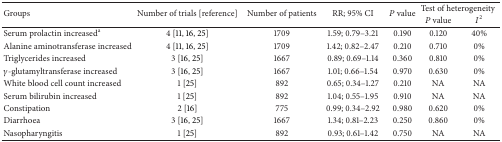
<table><thead><tr><td rowspan="2"><b>Groups</b></td><td rowspan="2"><b>Number of trials [reference]</b></td><td rowspan="2"><b>Number of patients</b></td><td rowspan="2"><b>RR; 95% CI</b></td><td rowspan="2"><b><i>P</i> value</b></td><td colspan="2"><b>Test of heterogeneity</b></td></tr><tr><td><b><i>P</i> value </b></td><td><b><i>I</i><sup>2</sup></b></td></tr></thead><tbody><tr><td>Serum prolactin increased<sup>a</sup></td><td>4 [11, 16, 25]</td><td>1709</td><td>1.59; 0.79–3.21</td><td>0.190</td><td>0.120</td><td>40%</td></tr><tr><td>Alanine aminotransferase increased</td><td>4 [11, 16, 25]</td><td>1709</td><td>1.42; 0.82–2.47</td><td>0.210</td><td>0.710</td><td>0%</td></tr><tr><td>Triglycerides increased</td><td>3 [16, 25]</td><td>1667</td><td>0.89; 0.69–1.14</td><td>0.360</td><td>0.810</td><td>0%</td></tr><tr><td><i>γ</i>-glutamyltransferase increased</td><td>3 [16, 25]</td><td>1667</td><td>1.01; 0.66–1.54</td><td>0.970</td><td>0.630</td><td>0%</td></tr><tr><td>White blood cell count increased</td><td>1 [25]</td><td>892</td><td>0.65; 0.34–1.27</td><td>0.210</td><td>NA</td><td>NA</td></tr><tr><td>Serum bilirubin increased</td><td>1 [25]</td><td>892</td><td>1.04; 0.55–1.95</td><td>0.910</td><td>NA</td><td>NA</td></tr><tr><td>Constipation</td><td>2 [16]</td><td>775</td><td>0.99; 0.34–2.92</td><td>0.980</td><td>0.620</td><td>0%</td></tr><tr><td>Diarrhoea</td><td>3 [16, 25]</td><td>1667</td><td>1.34; 0.81–2.23</td><td>0.250</td><td>0.860</td><td>0%</td></tr><tr><td>Nasopharyngitis</td><td>1 [25]</td><td>892</td><td>0.93; 0.61–1.42</td><td>0.750</td><td>NA</td><td>NA</td></tr></tbody></table>